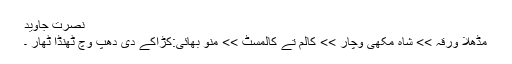
نصرت جاوید
مُڈھلا ورقہ >> شاہ مُکھی وچار >> کالم تے کالمسٹ >> منو بھائی:کڑاکے دی دھپ وچ ٹھنڈا ٹھار ۔